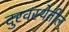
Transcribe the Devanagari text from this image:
दुरवस्थेतील